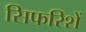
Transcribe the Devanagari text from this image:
सिफरिशें